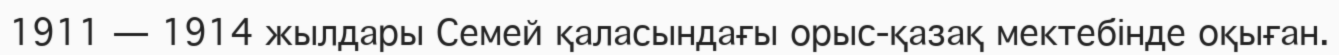
1911 — 1914 жылдары Семей қаласындағы орыс-қазақ мектебінде оқыған.